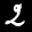
Label: 2